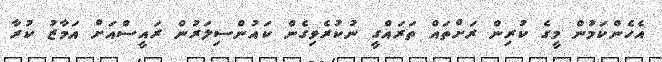
އެހެންކަމުން މީގެ ކުރިން ރަށްތައް ތަރައްގީ ނުކުރެވިގެން ކައުންސިލަރުން ރައީސްއަށް އަމާޒު ކުރާ